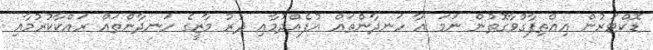
ޑޮކްޓަރުން އިއްތިފާގުވާގޮތުން ނަމަ އާ ހަނދާންތައް އުފެއްދުމާއި ދުރު މާޒީގެ ހަނދާންތައް ރައްކާކުރުމާއި